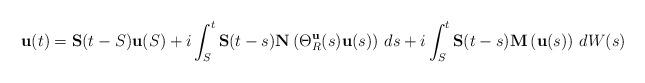
LaTeX: \begin{align*} \mathbf u(t) = \mathbf S(t-S) \mathbf u(S) + i \int_S^t \mathbf S(t-s) \mathbf N\left( \Theta_R^{\mathbf u}(s)\mathbf u(s) \right) \, ds + i \int_S^t \mathbf S(t-s) \mathbf M\left( \mathbf u(s) \right) \, dW(s)\end{align*}